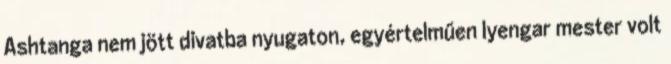
Ashtanga nem jött divatba nyugaton, egyértelműen Iyengar mester volt